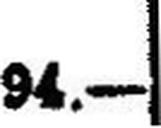
94.—